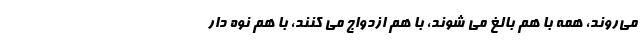
می‌روند، همه با هم بالغ می شوند، با هم ازدواج می کنند، با هم نوه دار